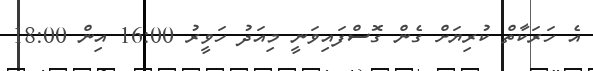
އެ ހަރަކާތް ކުރިޔަށް ގެން ގޮސްފައިވަނީ މިއަދު ހަވީރު 16:00 އިން 18:00